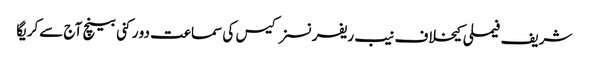
شریف فیملی کیخلاف نیب ریفرنسز کیس کی سماعت دو رکنی بینچ آج سےکریگا